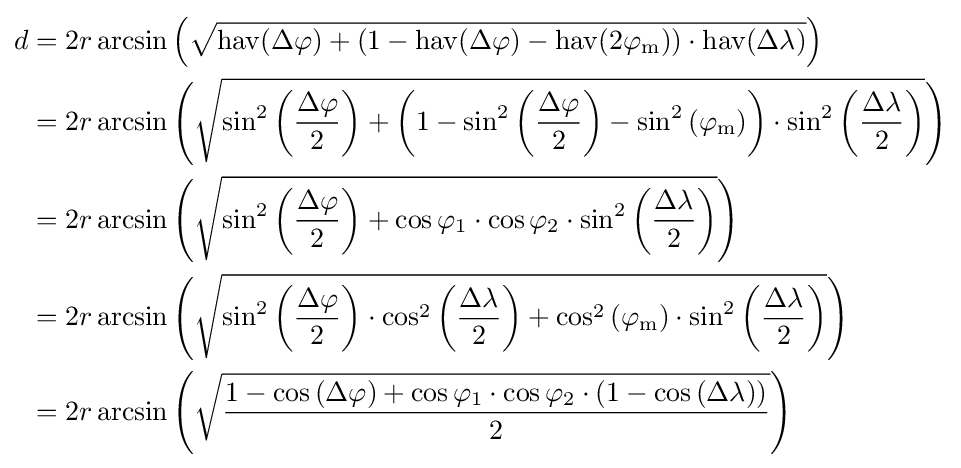
{\begin{aligned}d&=2r\arcsin \left({\sqrt {\operatorname {hav} (\Delta \varphi )+(1-\operatorname {hav} (\Delta \varphi )-\operatorname {hav} (2\varphi _{\text{m}}))\cdot \operatorname {hav} (\Delta \lambda )}}\right)\\&=2r\arcsin \left({\sqrt {\sin ^{2}\left({\frac {\Delta \varphi }{2}}\right)+\left(1-\sin ^{2}\left({\frac {\Delta \varphi }{2}}\right)-\sin ^{2}\left(\varphi _{\text{m}}\right)\right)\cdot \sin ^{2}\left({\frac {\Delta \lambda }{2}}\right)}}\right)\\&=2r\arcsin \left({\sqrt {\sin ^{2}\left({\frac {\Delta \varphi }{2}}\right)+\cos \varphi _{1}\cdot \cos \varphi _{2}\cdot \sin ^{2}\left({\frac {\Delta \lambda }{2}}\right)}}\right)\\&=2r\arcsin \left({\sqrt {\sin ^{2}\left({\frac {\Delta \varphi }{2}}\right)\cdot \cos ^{2}\left({\frac {\Delta \lambda }{2}}\right)+\cos ^{2}\left(\varphi _{\text{m}}\right)\cdot \sin ^{2}\left({\frac {\Delta \lambda }{2}}\right)}}\right)\\&=2r\arcsin \left({\sqrt {\frac {1-\cos \left(\Delta \varphi \right)+\cos \varphi _{1}\cdot \cos \varphi _{2}\cdot \left(1-\cos \left(\Delta \lambda \right)\right)}{2}}}\right)\end{aligned}}